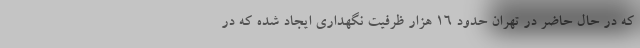
که در حال حاضر در تهران حدود ۱۶ هزار ظرفیت نگهداری ایجاد شده که در